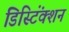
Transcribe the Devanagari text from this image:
डिस्टिंंक्शन